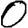
Digit: 0